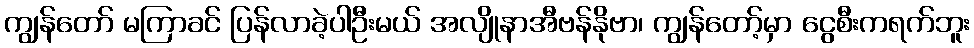
ကျွန်တော် မကြာခင် ပြန်လာခဲ့ပါဦးမယ် အလျိုနာအီဗန်နိုဗာ၊ ကျွန်တော့်မှာ ငွေစီးကရက်ဘူး